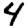
Digit: 4